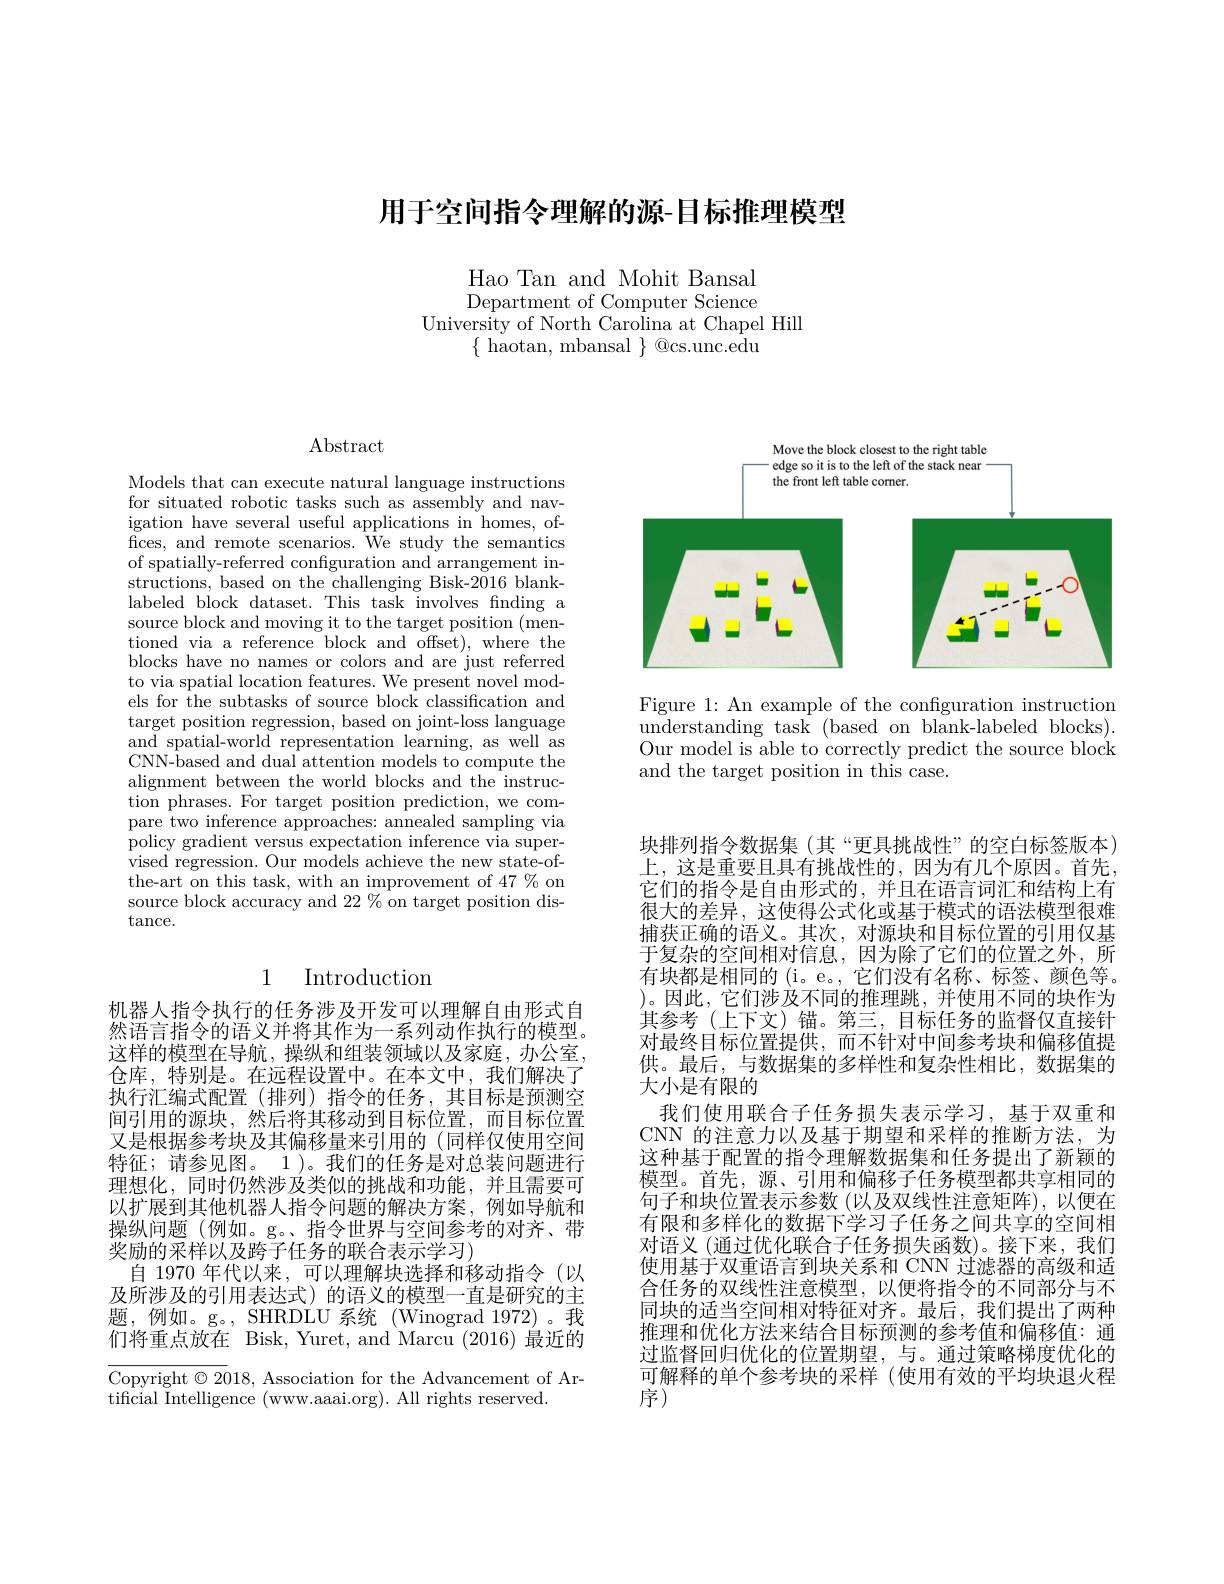
# 用于空间指令理解的源-目标推理模型

Hao Tan and Mohit Bansal Department of Computer Science
University of North Carolina at Chapel Hill
$\{$ haotan, mbansal $\}$ @cs.unc.edu

<FigureHere>

Figure 1: An example of the configuration instruction understanding task (based on blank-labeled blocks). Our model is able to correctly predict the source block and the target position in this case.

Abstract

Models that can execute natural language instructions for situated robotic tasks such as assembly and navigation have several useful applications in homes, of- $\bar{\mathrm{fices,~and~remote~scenarios.~We~study~the~semantics}}$ of spatially-referred configuration and arrangement instructions, based on the challenging Bisk-2016 blanklabeled block dataset. This task involves fnding a source block and moving it to the target position (mentioned via a reference block and offset), where the blocks have no names or colors and are just referred to via spatial location features. We present novel models for the subtasks of source block classification and target position regression, based on joint-loss language and spatial-world representation learning, as well as CNN-based and dual attention models to compute the alignment between the world blocks and the instruc- $\bar{\text{tion phrases. For target position prediction, we com-}}$ pare two inference approaches: annealed sampling via policy gradient versus expectation inference via supervised regression. Our models achieve the new state-ofthe-art on this task, with an improvement of 47 % on source block accuracy and $22\%$ on target position dis- $\tan$ce.

# 1 Introduction

机器人指令执行的任务涉及开发可以理解自由形式自然语言指令的语义并将其作为一系列动作执行的模型。这样的模型在导航，操纵和组装领域以及家庭，办公室， 仓库，特别是。在远程设置中。在本文中，我们解决了执行汇编式配置(排列)指令的任务，其目标是预测空间引用的源块，然后将其移动到目标位置，而目标位置又是根据参考块及其偏移量来引用的 (同样仅使用空间特征；请参见图。1 )。我们的任务是对总装问题进行理想化，同时仍然涉及类似的挑战和功能，并且需要可以扩展到其他机器人指令问题的解决方案，例如导航和操纵问题(例如。g。、指令世界与空间参考的对齐、带奖励的采样以及跨子任务的联合表示学习)
自 1970 年代以来，可以理解块选择和移动指令(以及所涉及的引用表达式) 的语义的模型一直是研究的主题，例如。g。, SHRDLU 系统 (Winograd 1972)。我们将重点放在 Bisk, Yuret, and Marcu (2016) 最近的

Copyright $\odot2018$, Association for the Advancement of Ar-
tificial Intelligence (www.aaai.org). All rights reserved.

块排列指令数据集 (其“更具挑战性”的空白标签版本) 上，这是重要且具有挑战性的，因为有几个原因。首先。它们的指令是自由形式的，并且在语言词汇和结构上有很大的差异，这使得公式化或基于模式的语法模型很难捕获正确的语义。其次，对源块和目标位置的引用仅基于复杂的空间相对信息，因为除了它们的位置之外，所有块都是相同的 (i。e。,它们没有名称、标签、颜色等。$)。因此，它们涉及不同的推理跳，并使用不同的块作为$ 其参考(上下文)锚。第三，目标任务的监督仅直接针对最终目标位置提供，而不针对中间参考块和偏移值提供。最后，与数据集的多样性和复杂性相比，数据集的大小是有限的
我们使用联合子任务损失表示学习，基于双重和CNN 的注意力以及基于期望和采样的推断方法，为这种基于配置的指令理解数据集和任务提出了新颖的模型。首先，源、引用和偏移子任务模型都共享相同的句子和块位置表示参数 (以及双线性注意矩阵),以便在有限和多样化的数据下学习子任务之间共享的空间相对语义 (通过优化联合子任务损失函数)。接下来，我们使用基于双重语言到块关系和 CNN 过滤器的高级和适合任务的双线性注意模型，以便将指令的不同部分与不同块的适当空间相对特征对齐。最后，我们提出了两种推理和优化方法来结合目标预测的参考值和偏移值：通过监督回归优化的位置期望，与。通过策略梯度优化的可解释的单个参考块的采样 (使用有效的平均块退火程序(序)